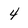
Character: 4